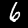
Label: 6